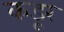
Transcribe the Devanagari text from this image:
कडूर